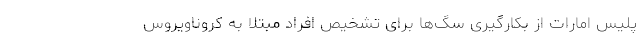
پلیس امارات از بکارگیری سگ‌ها برای تشخیص افراد مبتلا به کروناویروس